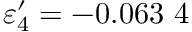
\varepsilon _ { 4 } ^ { \prime } = - 0 . 0 6 3 \ 4